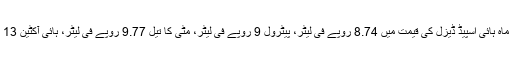
ایک اندازے کے مطابق ملک میں آئندہ ماہ ہائی اسپیڈ ڈیزل کی قیمت میں 8.74 روپے فی لیٹر، پیٹرول 9 روپے فی لیٹر، مٹی کا تیل 9.77 روپے فی لیٹر، ہائی آکٹین 13 روپے فی لیٹر سستا ہونے کی امید ہے۔